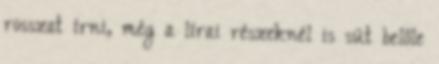
rosszat írni, még a lírai részeknél is süt belőle